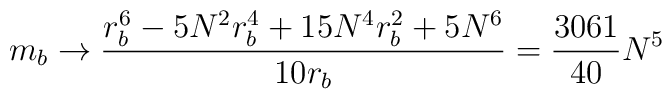
m_{b}\rightarrow \frac{r_{b}^{6}-5N^{2}r_{b}^{4}+15N^{4}r_{b}^{2}+5N^{6}}{10r_{b}}=\frac{3061}{40}N^{5}